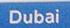
dubai